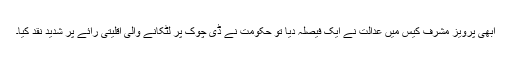
ابھی پرویز مشرف کیس میں عدالت نے ایک فیصلہ دیا تو حکومت نے ڈی چوک پر لٹکانے والی اقلیتی رائے پر شدید نقد کیا۔